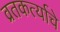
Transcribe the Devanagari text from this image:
व्रतकर्त्याचे